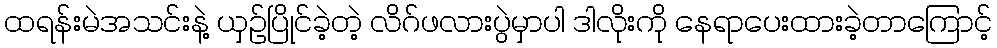
ထရန်းမဲအသင်းနဲ့ ယှဥ်ပြိုင်ခဲ့တဲ့ လိဂ်ဖလားပွဲမှာပါ ဒါလိုးကို နေရာပေးထားခဲ့တာကြောင့်